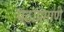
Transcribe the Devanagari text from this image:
पटाप्रमाणे